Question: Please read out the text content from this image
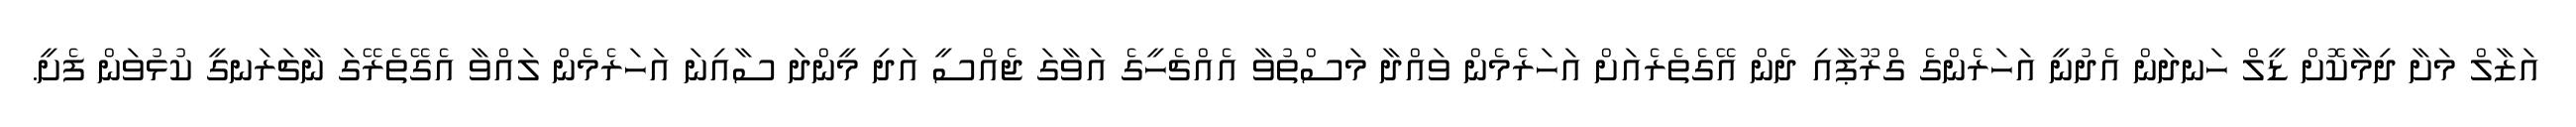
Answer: އަޒާލް މަށާ ދިމާކޮށް ޑީލް ހަނދަން އެދުނީ އަހަރެންގެ ގްރޫޕާއި ދެން އޭގެތެރެއަށް އަހަރެމެން ވައްދާ މަސްތުވާ އެއްޗެހީގެ އަވާގަ ޖެއްސީ އަދި މީންދަ ސާއިނަ އަހަރެމެން ލައްވާ އެގޭތެރޭގަ ނާޗަރަނގީ ކުޅުވަން ފެށީ.